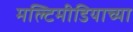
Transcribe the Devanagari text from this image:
मल्टिमीडियाच्या